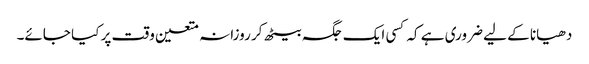
دھیانا کے لیے ضروری ہے کہ کسی ایک جگہ بیٹھ کر روزانہ متعین وقت پر کیا جائے۔